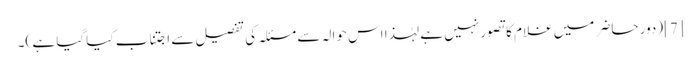
[7](دور حاضر میں غلام کا تصور نہیں ہے لہٰذا اس حوالہ سے مسئلہ کی تفصیل سے اجتناب کیا گیا ہے )۔